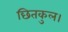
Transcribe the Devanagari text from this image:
छितकुल।